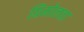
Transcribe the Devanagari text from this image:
ग्रिमोलता